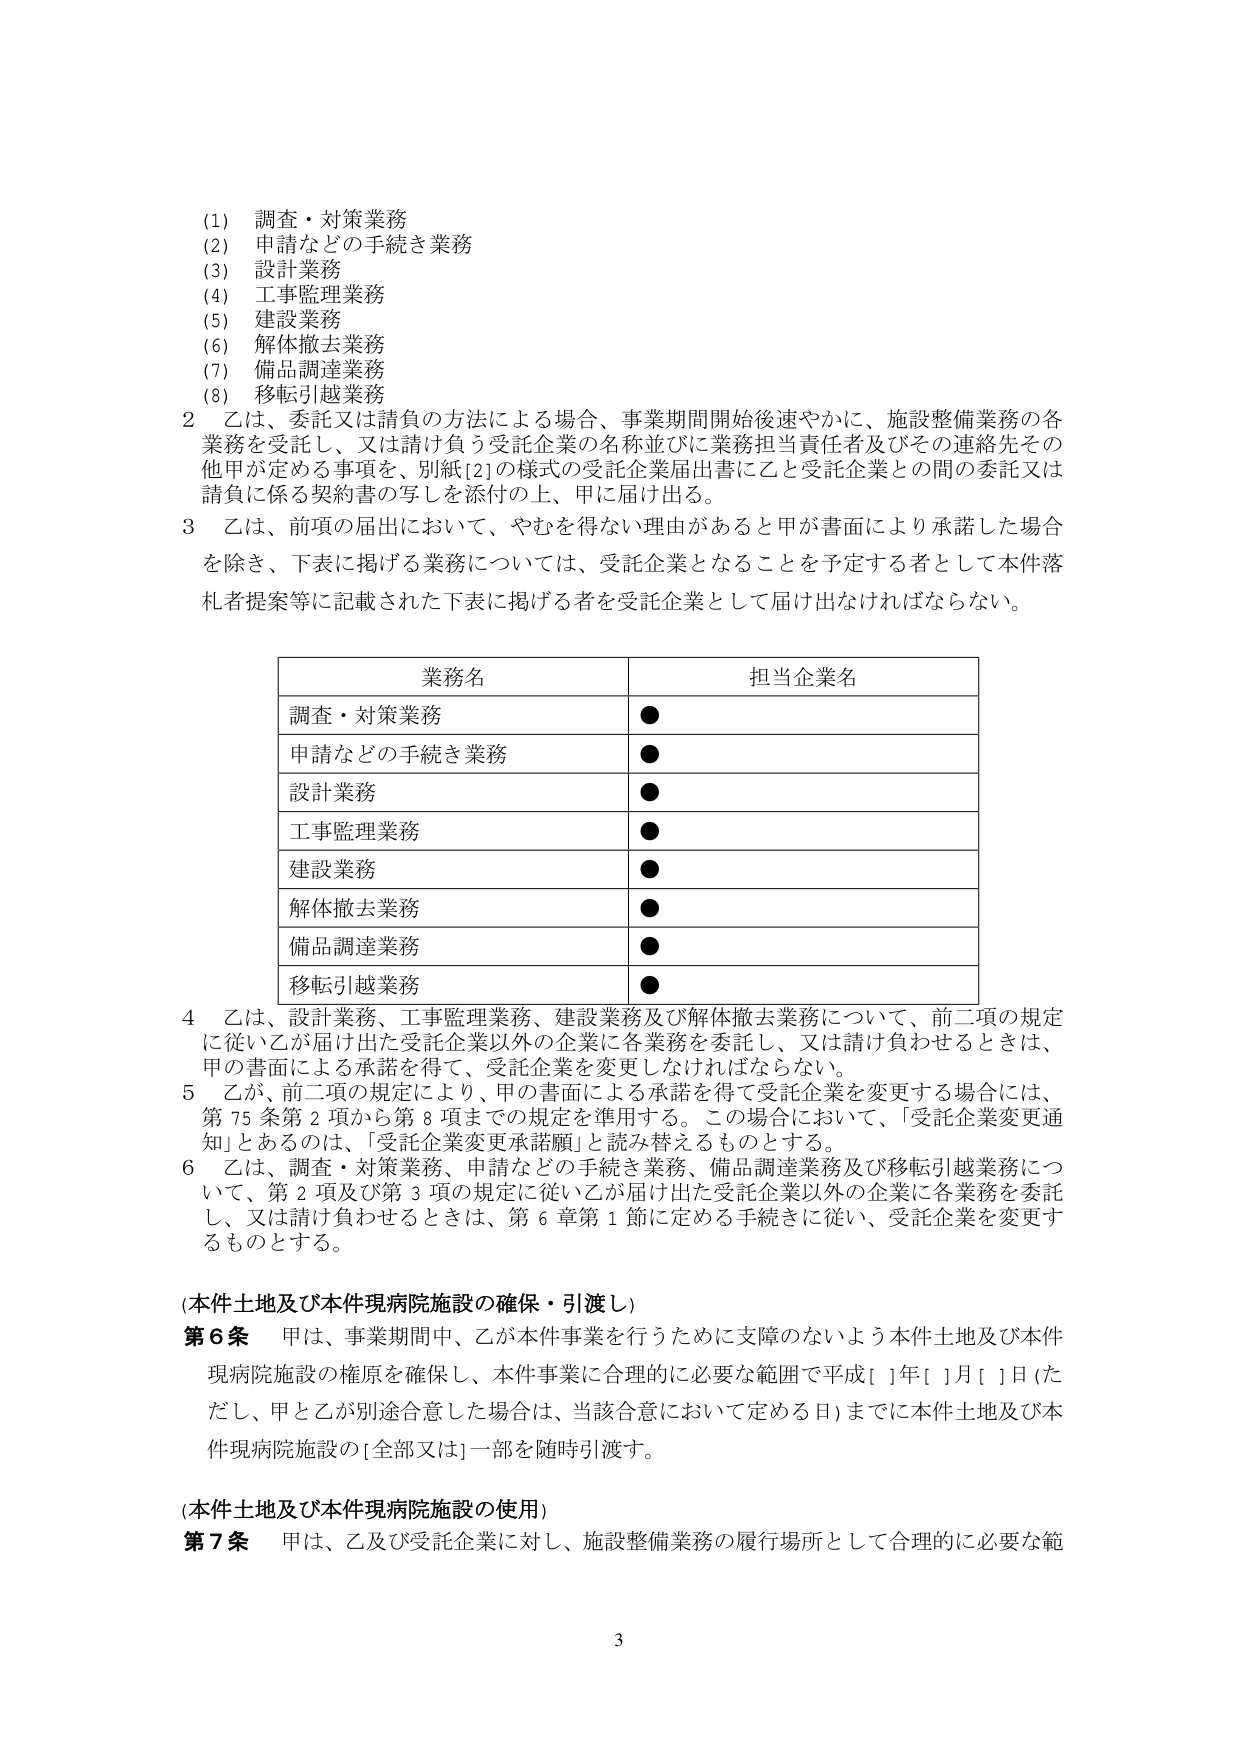
(1) 調査・対策業務
(2) 申請などの手続き業務
(3) 設計業務
(4) 工事監理業務
(5) 建設業務
(6) 解体撤去業務
(7) 備品調達業務
(8) 移転引越業務

2 乙は、委託又は請負の方法による場合、事業期間開始後速やかに、施設整備業務の各業務を受託し、又は請け負う受託企業の名称並びに業務担当責任者及びその連絡先その他甲が定める事項を、別紙[2]の様式の受託企業届出書に乙と受託企業との間の委託又は請負に係る契約書の写しを添付の上、甲に届け出る。

3 乙は、前項の届出において、やむを得ない理由があると甲が書面により承諾した場合を除き、下表に掲げる業務については、受託企業となることを予定する者として本件落札者提案等に記載された下表に掲げる者を受託企業として届け出なければならない。

| 業務名 | 担当企業名 |
|---|---|
| 調査・対策業務 | ● |
| 申請などの手続き業務 | ● |
| 設計業務 | ● |
| 工事監理業務 | ● |
| 建設業務 | ● |
| 解体撤去業務 | ● |
| 備品調達業務 | ● |
| 移転引越業務 | ● |

4 乙は、設計業務、工事監理業務、建設業務及び解体撤去業務について、前二項の規定に従い乙が届け出た受託企業以外の企業に各業務を委託し、又は請け負わせるときは、甲の書面による承諾を得て、受託企業を変更しなければならない。

5 乙が、前二項の規定により、甲の書面による承諾を得て受託企業を変更する場合には、第75条第2項から第8項までの規定を準用する。この場合において、「受託企業変更通知」とあるのは、「受託企業変更承諾願」と読み替えるものとする。

6 乙は、調査・対策業務、申請などの手続き業務、備品調達業務及び移転引越業務について、第2項及び第3項の規定に従い乙が届け出た受託企業以外の企業に各業務を委託し、又は請け負わせるときは、第6章第1節に定める手続きに従い、受託企業を変更するものとする。

(本件土地及び本件現病院施設の確保・引渡し)
第6条 甲は、事業期間中、乙が本件事業を行うために支障のないよう本件土地及び本件現病院施設の権原を確保し、本件事業に合理的に必要な範囲で平成[ ]年[ ]月[ ]日（ただし、甲と乙が別途合意した場合は、当該合意において定める日）までに本件土地及び本件現病院施設の[全部又は]一部を随時引渡す。

(本件土地及び本件現病院施設の使用)
第7条 甲は、乙及び受託企業に対し、施設整備業務の履行場所として合理的に必要な範

3